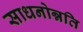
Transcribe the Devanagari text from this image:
साधनोन्नति